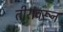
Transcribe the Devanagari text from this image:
तीरांवरून